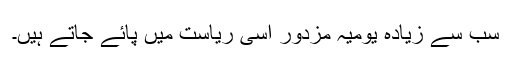
سب سے زیادہ یومیہ مزدور اسی ریاست میں پائے جاتے ہیں۔